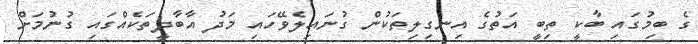
ގެ ބިމުގައި ބާކީ ތިބީ އަތުގެ އިނގިލިތަކުން ގުނައިލެވޭހައި މަދު އާބާދީތަކެއްގައި ގުނުމަށް